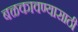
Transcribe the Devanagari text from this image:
बळकावण्यासाठी